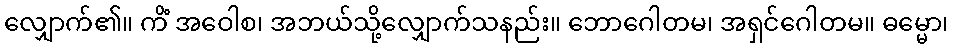
လျှောက်၏။ ကိံ အဝေါစ၊ အဘယ်သို့လျှောက်သနည်း။ ဘောဂေါတမ၊ အရှင်ဂေါတမ။ ဓမ္မော၊